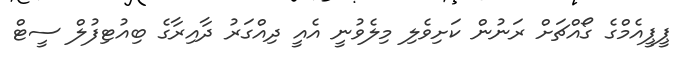
ޕީޕީއެމްގެ ގޯއްޗަށް ރަނުން ކަށިވެލި މިލެވުނީ އެއީ ދިއްގަރު ދާއިރާގެ ބިއުޓިފުލް ސީޓް